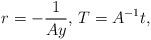
LaTeX: \begin{align*}r = -\frac{1}{Ay},\, T = A^{-1}t,\end{align*}